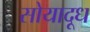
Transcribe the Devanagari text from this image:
सोयादूध